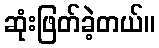
ဆုံးဖြတ်ခဲ့တယ်။